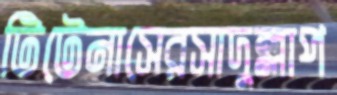
টিটেনাসেরসাদুল্লাপ